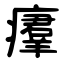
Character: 㿏